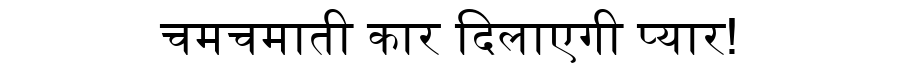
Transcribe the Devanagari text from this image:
चमचमाती कार दिलाएगी प्यार!